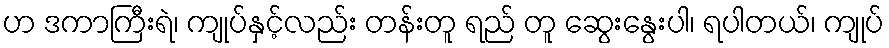
ဟ ဒကာကြီးရဲ၊ ကျုပ်နှင့်လည်း တန်းတူ ရည် တူ ဆွေးနွေးပါ၊ ရပါတယ်၊ ကျုပ်